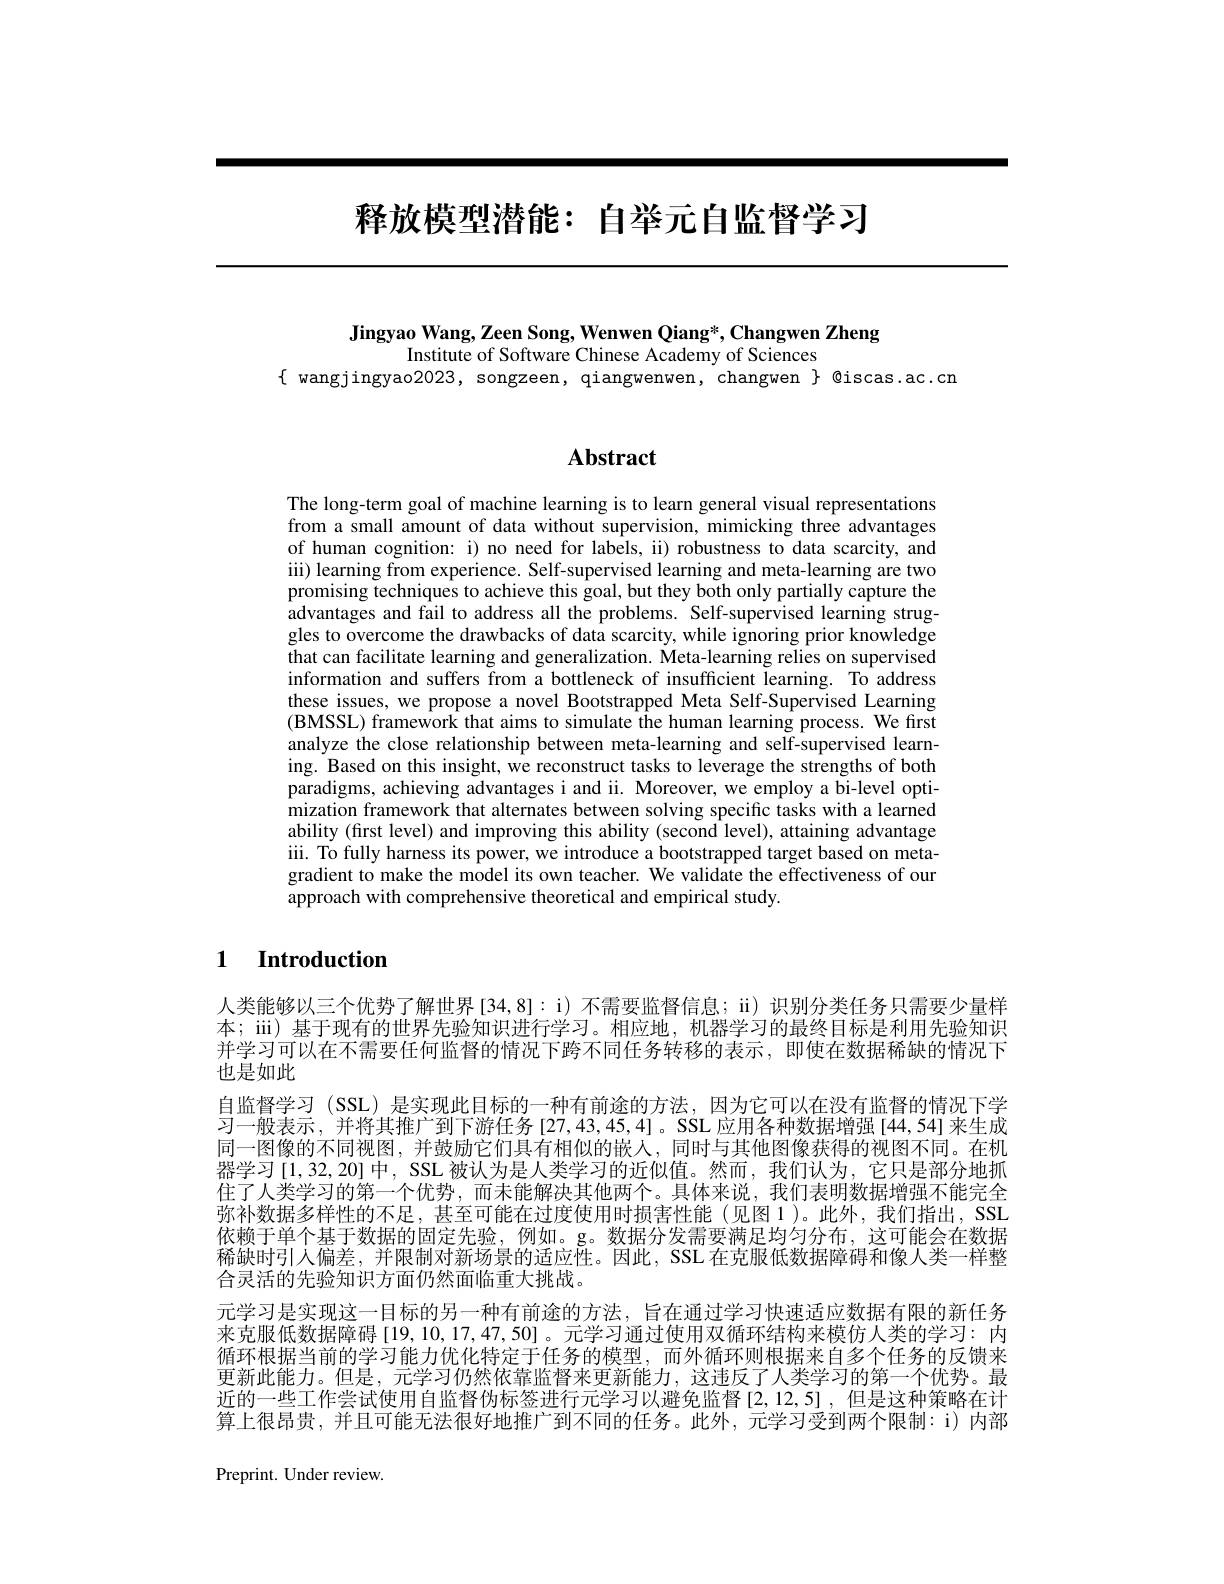
# 释放模型潜能：自举元自监督学习

Jingyao Wang, Zeen Song, Wenwen Qiang*, Changwen Zheng
Institute of Software Chinese Academy of Sciences
$\{ wangjingyao2023, songzeen, qiangwenwen, changwen \} @iscas.ac.cn$

# Abstract

The long-term goal of machine learning is to learn general visual representations from a small amount of data without supervision, mimicking three advantages of human cognition: i) no need for labels, ii) robustness to data scarcity, and iii) learning from experience. Self-supervised learning and meta-learning are two promising techniques to achieve this goal, but they both only partially capture the advantages and fail to address all the problems. Self-supervised learning struggles to overcome the drawbacks of data scarcity, while ignoring prior knowledge that can facilitate learning and generalization. Meta-learning relies on supervised information and suffers from a bottleneck of insufficient learning. To address these issues, we propose a novel Bootstrapped Meta Self-Supervised Learning (BMSSL) framework that aims to simulate the human learning process. We first analyze the close relationship between meta-learning and self-supervised learning. Based on this insight, we reconstruct tasks to leverage the strengths of both paradigms, achieving advantages i and ii. Moreover, we employ a bi-level optimization framework that alternates between solving specific tasks with a learned ability (first level) and improving this ability (second level), attaining advantage iii. To fully harness its power, we introduce a bootstrapped target based on metagradient to make the model its own teacher. We validate the effectiveness of our approach with comprehensive theoretical and empirical study.

### $\textbf{1}$ $\textbf{Introduction}$

人类能够以三个优势了解世界[34,8]:i) 不需要监督信息；ii) 识别分类任务只需要少量样本；iii) 基于现有的世界先验知识进行学习。相应地，机器学习的最终目标是利用先验知识并学习可以在不需要任何监督的情况下跨不同任务转移的表示，即使在数据稀缺的情况下也是如此
自监督学习 (SSL) 是实现此目标的一种有前途的方法，因为它可以在没有监督的情况下学习一般表示，并将其推广到下游任务[27,43,45,4]。SSL应用各种数据增强[44,54]来生成同一图像的不同视图，并鼓励它们具有相似的嵌人，同时与其他图像获得的视图不同。在机器学习[1,32,20] 中，SSL 被认为是人类学习的近似值。然而，我们认为，它只是部分地抓住了人类学习的第一个优势，而未能解决其他两个。具体来说，我们表明数据增强不能完全弥补数据多样性的不足，甚至可能在过度使用时损害性能(见图1)。此外，我们指出，SSL 依赖于单个基于数据的固定先验，例如。g。数据分发需要满足均匀分布，这可能会在数据稀缺时引人偏差，并限制对新场景的适应性。因此，SSL 在克服低数据障碍和像人类一样整合灵活的先验知识方面仍然面临重大挑战。
元学习是实现这一目标的另一种有前途的方法，旨在通过学习快速适应数据有限的新任务来克服低数据障碍 [19, 10, 17, 47, 50] 。元学习通过使用双循环结构来模仿人类的学习：内循环根据当前的学习能力优化特定于任务的模型，而外循环则根据来自多个任务的反馈来更新此能力。但是，元学习仍然依靠监督来更新能力，这违反了人类学习的第一个优势。最近的一些工作尝试使用自监督伪标签进行元学习以避免监督[2,12,5],但是这种策略在计算上很昂贵，并且可能无法很好地推广到不同的任务。此外，元学习受到两个限制：i)内部

Preprint. Under review.